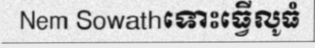
Nem Sowathទោះធ្វើលូធំ